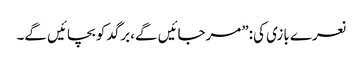
نعرے بازی کی:”مرجائیں گے،برگد کو بچائیں گے۔